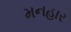
મનહાર